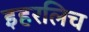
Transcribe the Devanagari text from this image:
इहरलिच